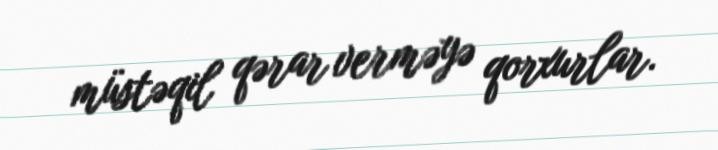
müstəqil qərar verməyə qorxurlar.